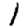
Digit: 1